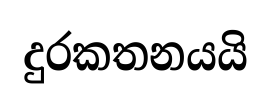
දුරකතනයයි